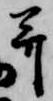
并